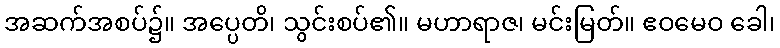
အဆက်အစပ်၌။ အပ္ပေတိ၊ သွင်းစပ်၏။ မဟာရာဇ၊ မင်းမြတ်။ ဧဝမေဝ ခေါ၊